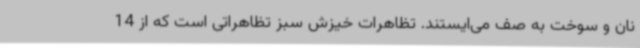
نان و سوخت به صف می‌ایستند. تظاهرات خیزش سبز تظاهراتی است که از 14